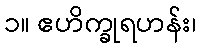
၁။ ဧဟိက္ခုရဟန်း၊